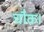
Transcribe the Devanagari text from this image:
चौक।